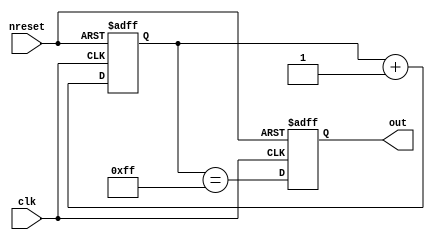
module heartbeat #(
    parameter N = 8
) (
    //inputs
    input      clk,     // clock
    input      nreset,  //async active low reset
    //outputs
    output reg out      //heartbeat
);

    reg [N-1:0] counter_reg;

    always @(posedge clk or negedge nreset) begin
        if (!nreset) begin
            counter_reg <= {(N) {1'b0}};
            out <= 1'b0;
        end else begin
            counter_reg <= counter_reg + 1'b1;
            out <= (counter_reg == {(N) {1'b1}});
        end
    end

endmodule